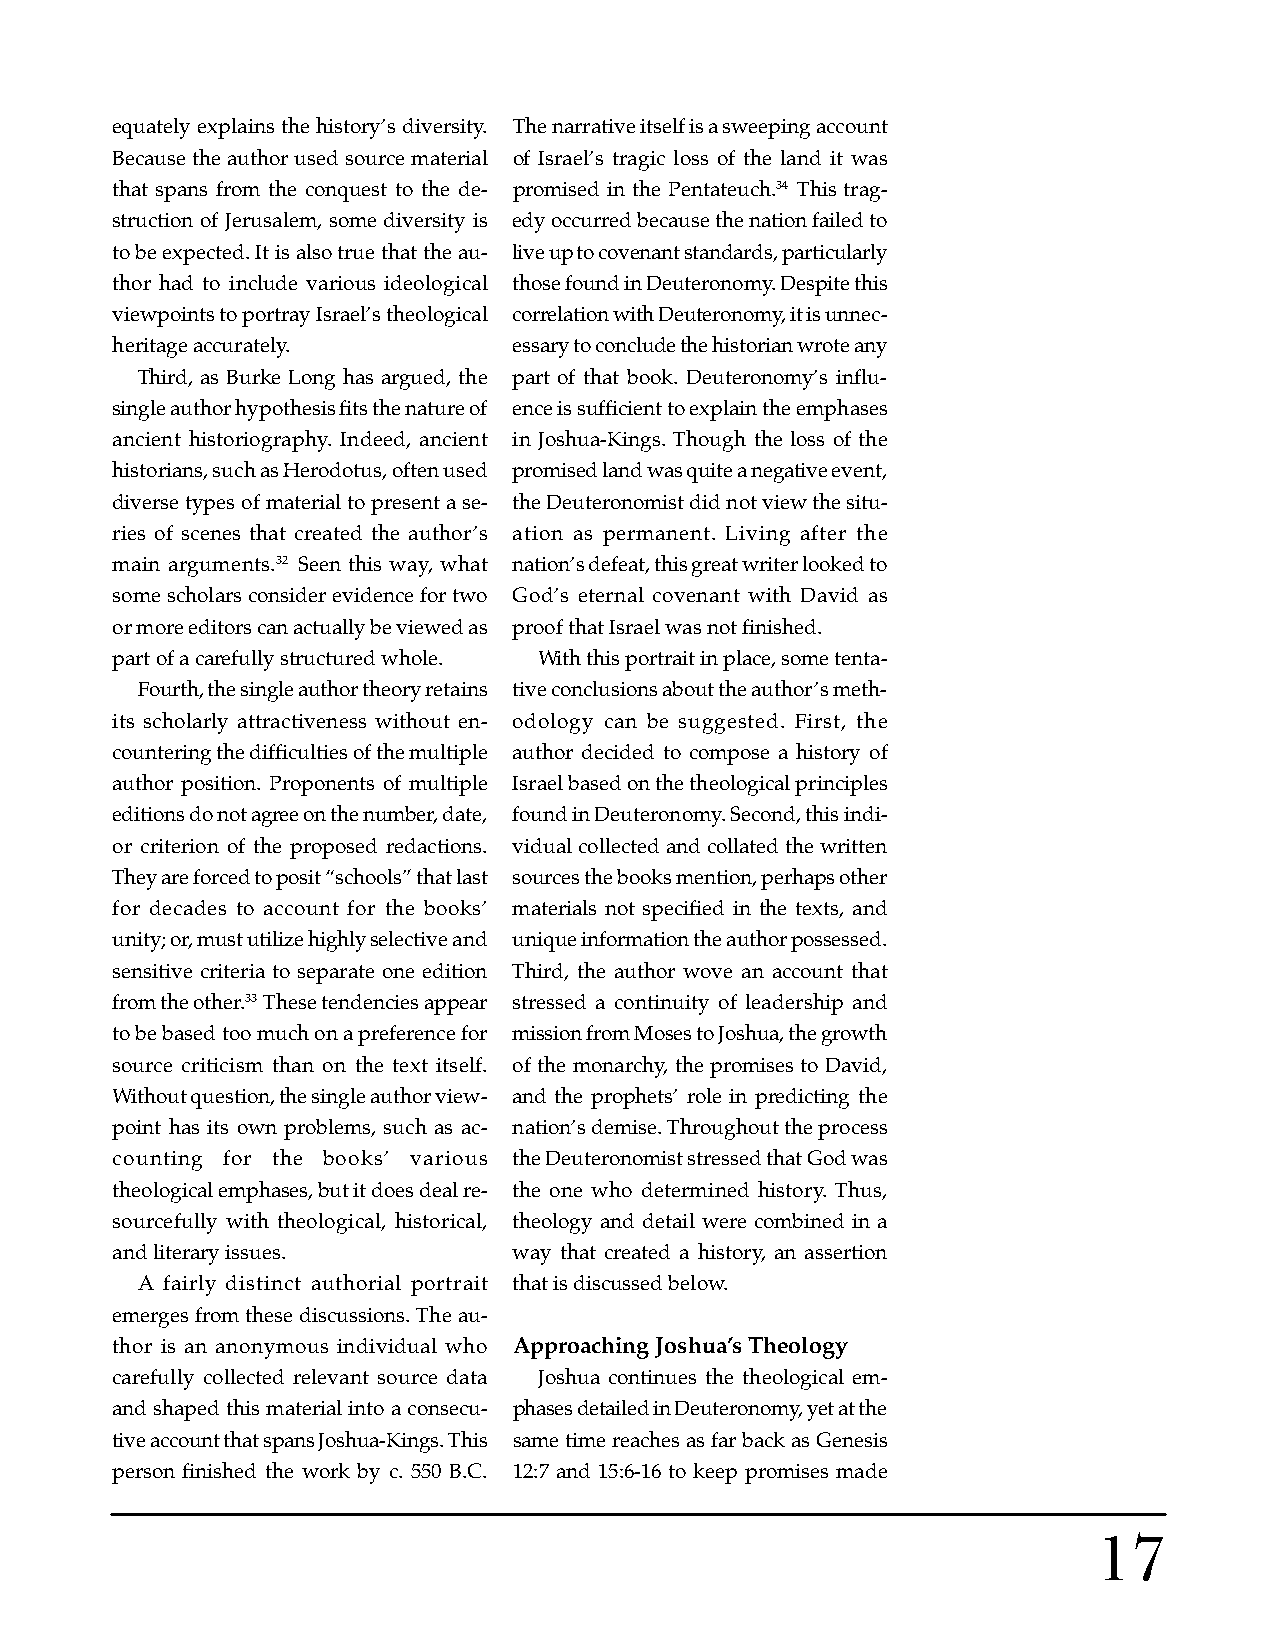
equately explains the history’s diversity. The narrative itself is a sweeping account
 Because the author used source material of Israel’s tragic loss of the land it was
 that spans from the conquest to the de- promised in the Pentateuch.34 This trag-
 struction of Jerusalem, some diversity is edy occurred because the nation failed to
 to be expected. It is also true that the au- live up to covenant standards, particularly
 thor had to include various ideological those found in Deuteronomy. Despite this
 viewpoints to portray Israel’s theological correlation with Deuteronomy, it is unnec-
 heritage accurately.       essary to conclude the historian wrote any
 Third, as Burke Long has argued, the part of that book. Deuteronomy’s influ-
 single author hypothesis fits the nature of ence is sufficient to explain the emphases
 ancient historiography. Indeed, ancient in Joshua-Kings. Though the loss of the
 historians, such as Herodotus, often used promised land was quite a negative event,
 diverse types of material to present a se- the Deuteronomist did not view the situ-
 ries of scenes that created the author’s ation as permanent. Living after the
 main arguments.32 Seen this way, what nation’s defeat, this great writer looked to
 some scholars consider evidence for two God’s eternal covenant with David as
 or more editors can actually be viewed as proof that Israel was not finished.
 part of a carefully structured whole. With this portrait in place, some tenta-
 Fourth, the single author theory retains tive conclusions about the author’s meth-
 its scholarly attractiveness without en- odology can be suggested. First, the
 countering the difficulties of the multiple author decided to compose a history of
 author position. Proponents of multiple Israel based on the theological principles
 editions do not agree on the number, date, found in Deuteronomy. Second, this indi-
 or criterion of the proposed redactions. vidual collected and collated the written
 They are forced to posit “schools” that last sources the books mention, perhaps other
 for decades to account for the books’ materials not specified in the texts, and
 unity; or, must utilize highly selective and unique information the author possessed.
 sensitive criteria to separate one edition Third, the author wove an account that
 from the other.33 These tendencies appear stressed a continuity of leadership and
 to be based too much on a preference for mission from Moses to Joshua, the growth
 source criticism than on the text itself. of the monarchy, the promises to David,
 Without question, the single author view- and the prophets’ role in predicting the
 point has its own problems, such as ac- nation’s demise. Throughout the process
 counting for the books’ various the Deuteronomist stressed that God was
 theological emphases, but it does deal re- the one who determined history. Thus,
 sourcefully with theological, historical, theology and detail were combined in a
 and literary issues.       way that created a history, an assertion
 A fairly distinct authorial portrait that is discussed below.
 emerges from these discussions. The au-
 thor is an anonymous individual who Approaching Joshua’s Theology
 carefully collected relevant source data Joshua continues the theological em-
 and shaped this material into a consecu- phases detailed in Deuteronomy, yet at the
 tive account that spans Joshua-Kings. This same time reaches as far back as Genesis
 person finished the work by c. 550 B.C. 12:7 and 15:6-16 to keep promises made
 17